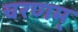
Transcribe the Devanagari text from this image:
चरणम्‌